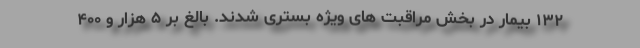
۱۳۲ بیمار در بخش مراقبت های ویژه بستری شدند. بالغ بر ۵ هزار و ۴۰۰